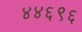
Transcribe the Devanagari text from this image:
४४६९६